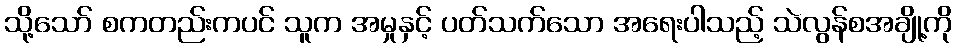
သို့သော် စကတည်းကပင် သူက အမှုနှင့် ပတ်သက်သော အရေးပါသည့် သဲလွန်စအချို့ကို